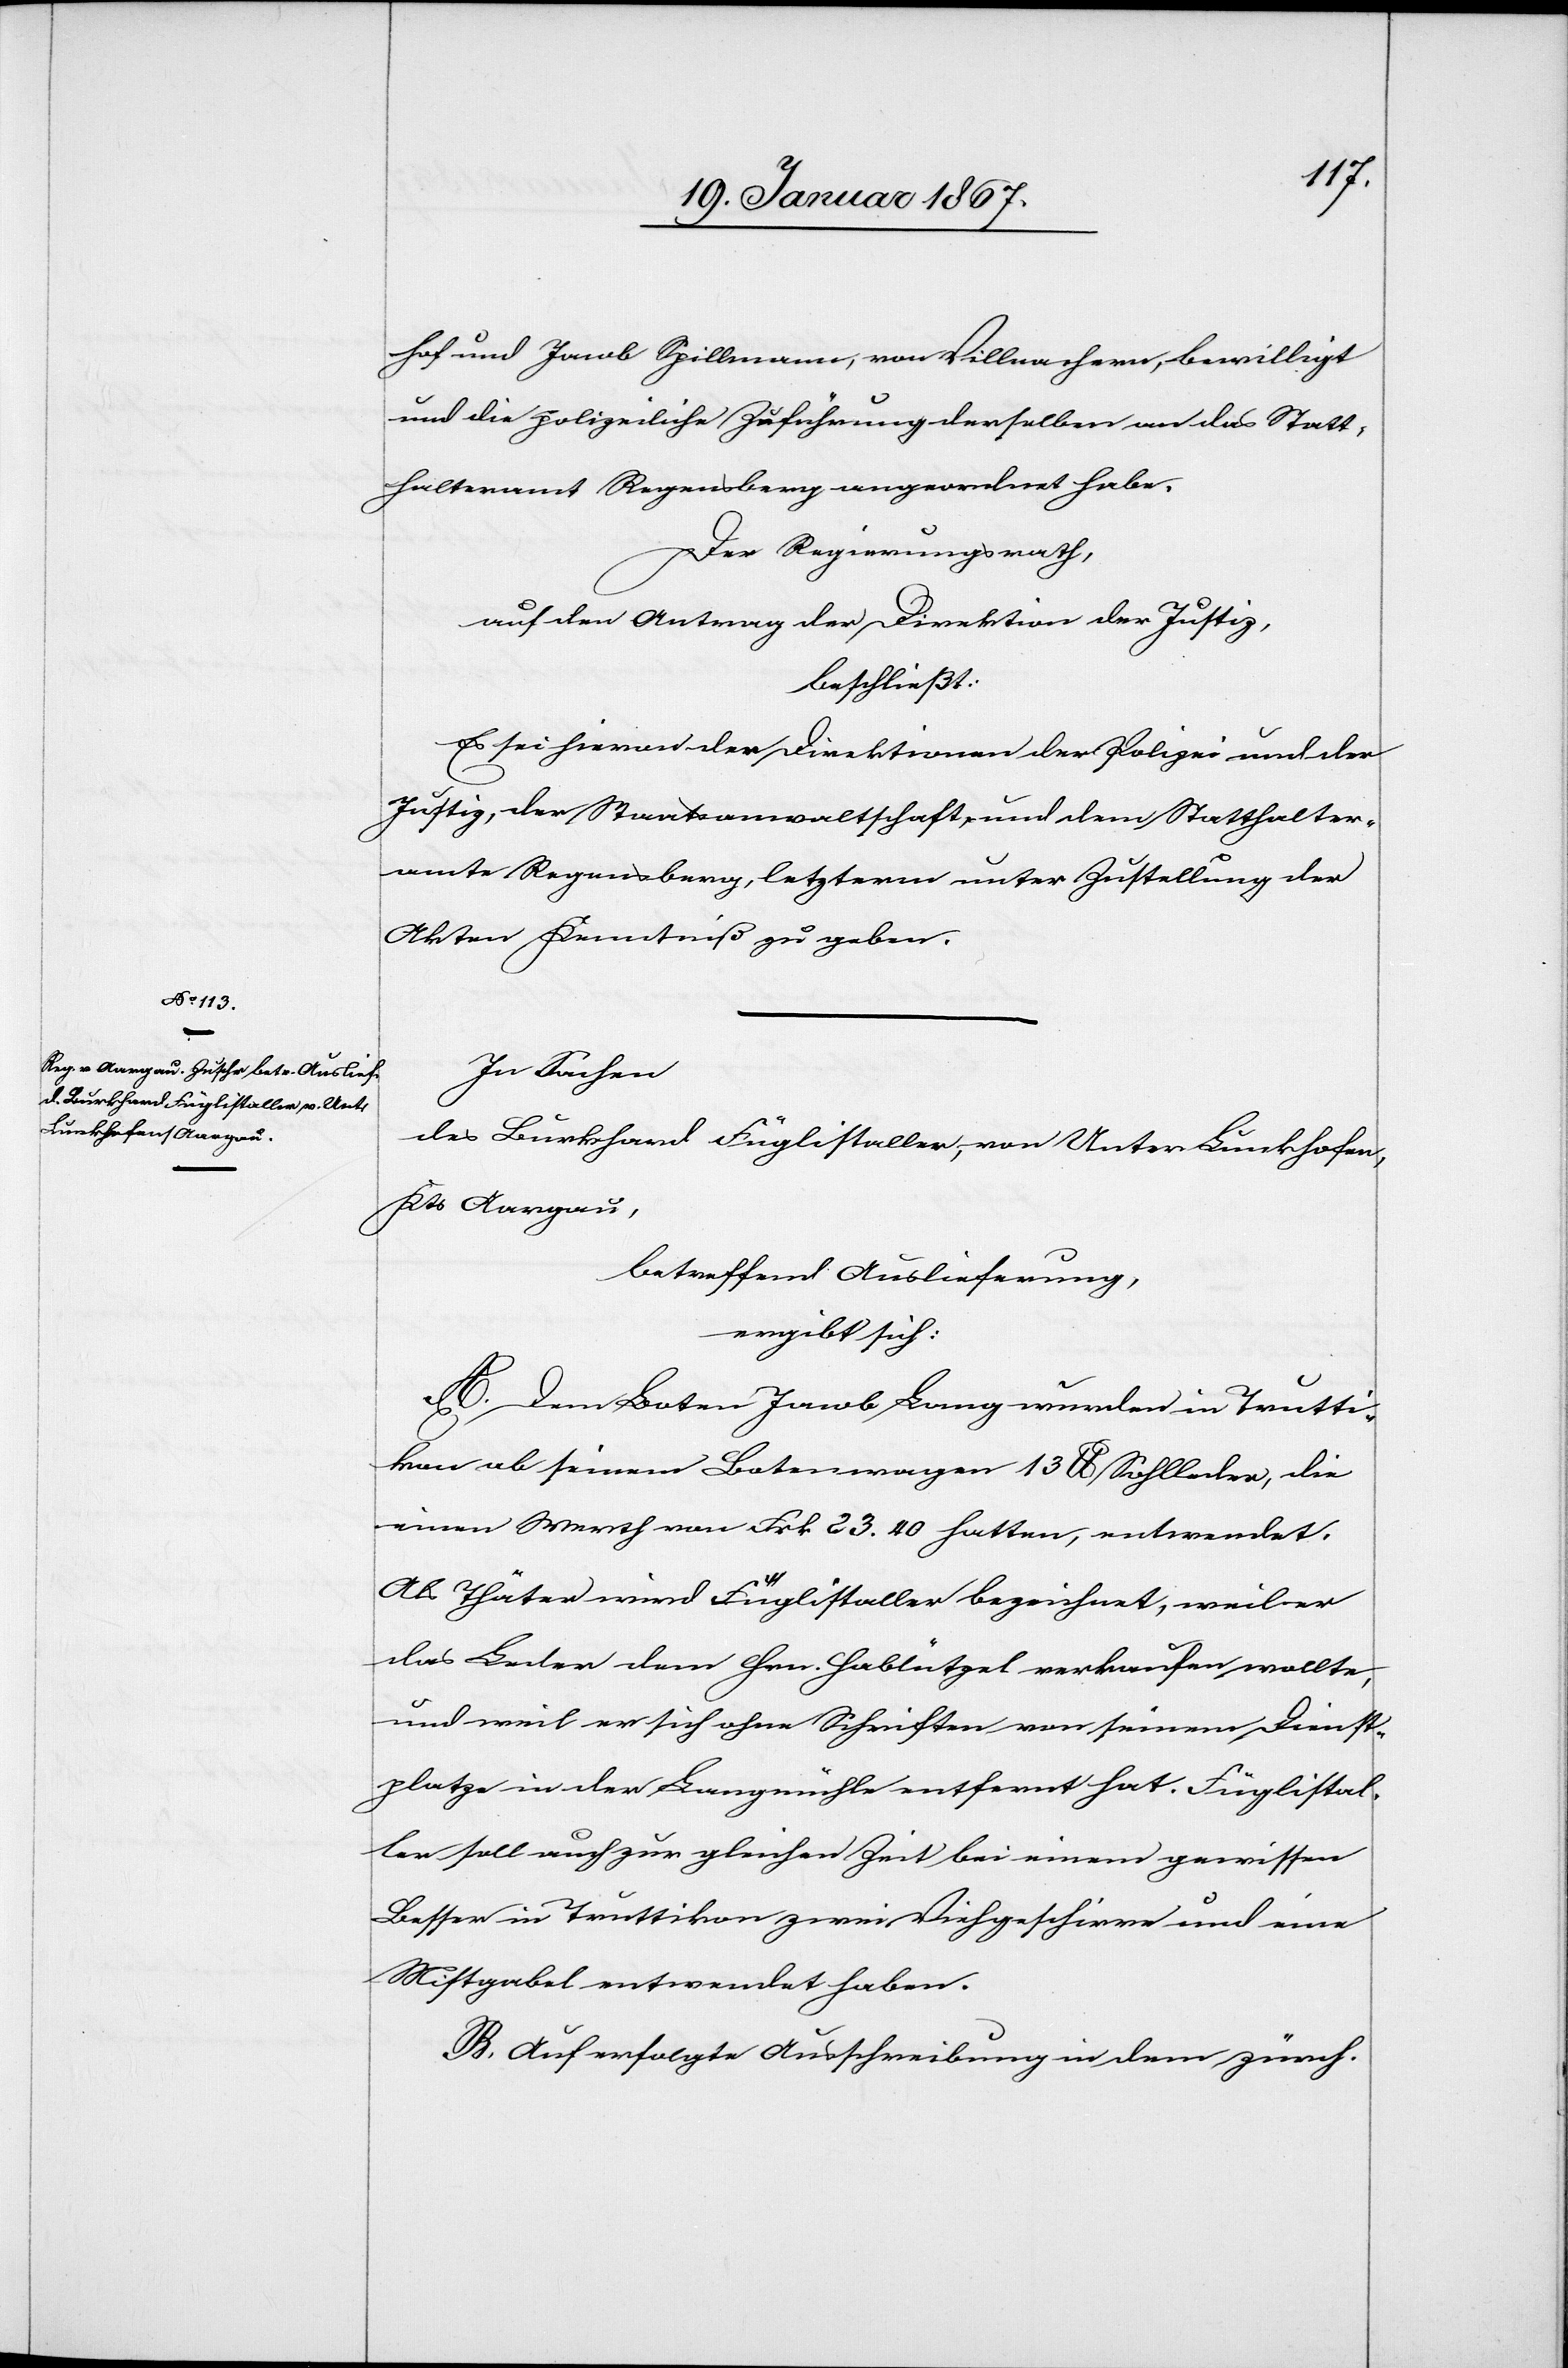
hof und Jacob Spillmann, von Villnachern, bewilligt
und die polizeiliche Zuführung derselben an das Statt¬
halteramt Regensberg angeordnet habe.
Der Regierungsrath,
auf den Antrag der Direktion der Justiz,
beschließt:
Es sei hievon den Direktionen der Polizei und der
Justiz, der Staatsanwaltschaft und dem Statthalter¬
amte Regensberg, letzterm unter Zustellung der
Akten Kenntniß zu geben.
In Sachen
des Burkhard Füglistaller, von Unter Lunkhofen,
Kts Aargau,
betreffend Auslieferung,
ergibt sich:
A. Dem Boten Jacob Lang wurden in Trutti¬
kon ab seinem Botenwagen 13 lb. Sohlleder, die
einen Werth von Frk. 23.40 hatten, entwendet.
Als Thäter wird Füglistaller bezeichnet, weil er
das Leder dem Hrn. Hablützel verkaufen wollte,
und weil er sich ohne Schriften von seinem Dienst¬
platze in der Langmühle entfernt hat. Füglistal¬
ler soll auch zur gleichen Zeit bei einem gewissen
Besser in Truttikon zwei Viehgeschirre und eine
Mistgabel entwendet haben.
B. Auf erfolgte Ausschreibung in dem zürch.